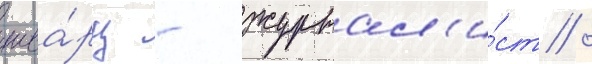
шва́рц - журнал'и́ст /